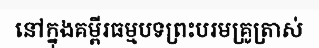
នៅក្នុងគម្ពីរធម្មបទព្រះបរមគ្រូត្រាស់